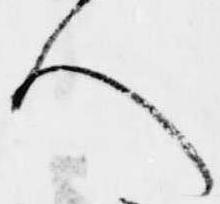
人